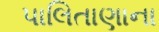
પાલિતાણાના